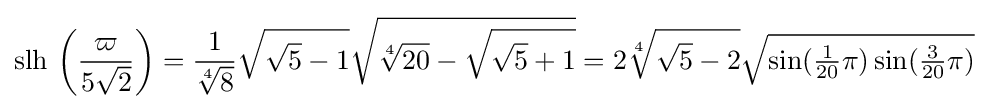
\operatorname {slh} \,\left({\frac {\varpi }{5{\sqrt {2}}}}\right)={\frac {1}{\sqrt[{4}]{8}}}{\sqrt {{\sqrt {5}}-1}}{\sqrt {{\sqrt[{4}]{20}}-{\sqrt {{\sqrt {5}}+1}}}}=2{\sqrt[{4}]{{\sqrt {5}}-2}}{\sqrt {\sin({\tfrac {1}{20}}\pi )\sin({\tfrac {3}{20}}\pi )}}